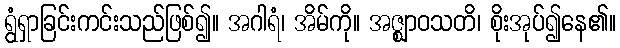
ရွံရှာခြင်းကင်းသည်ဖြစ်၍။ အဂါရံ၊ အိမ်ကို။ အဇ္ဈာဝသတိ၊ စိုးအုပ်၍နေ၏။